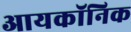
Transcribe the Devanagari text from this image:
आयकॉनिक